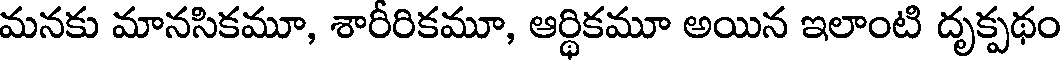
మనకు మానసికమూ, శారీరికమూ, ఆర్థికమూ అయిన ఇలాంటి దృక్పథం